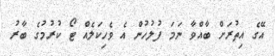
އޭގެ އިތުރަށް ބާއްވާ ނަމަ ފުލުހުން އެ ވެހިކަލެއް ޓޯ ކުރުމުގެ ބާރު